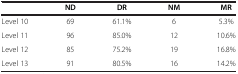
<table><thead><tr><td><b> </b></td><td><b>ND</b></td><td><b>DR</b></td><td><b>NM</b></td><td><b>MR</b></td></tr></thead><tbody><tr><td>Level 10</td><td>69</td><td>61.1%</td><td>6</td><td>5.3%</td></tr><tr><td>Level 11</td><td>96</td><td>85.0%</td><td>12</td><td>10.6%</td></tr><tr><td>Level 12</td><td>85</td><td>75.2%</td><td>19</td><td>16.8%</td></tr><tr><td>Level 13</td><td>91</td><td>80.5%</td><td>16</td><td>14.2%</td></tr></tbody></table>